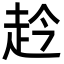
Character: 赺